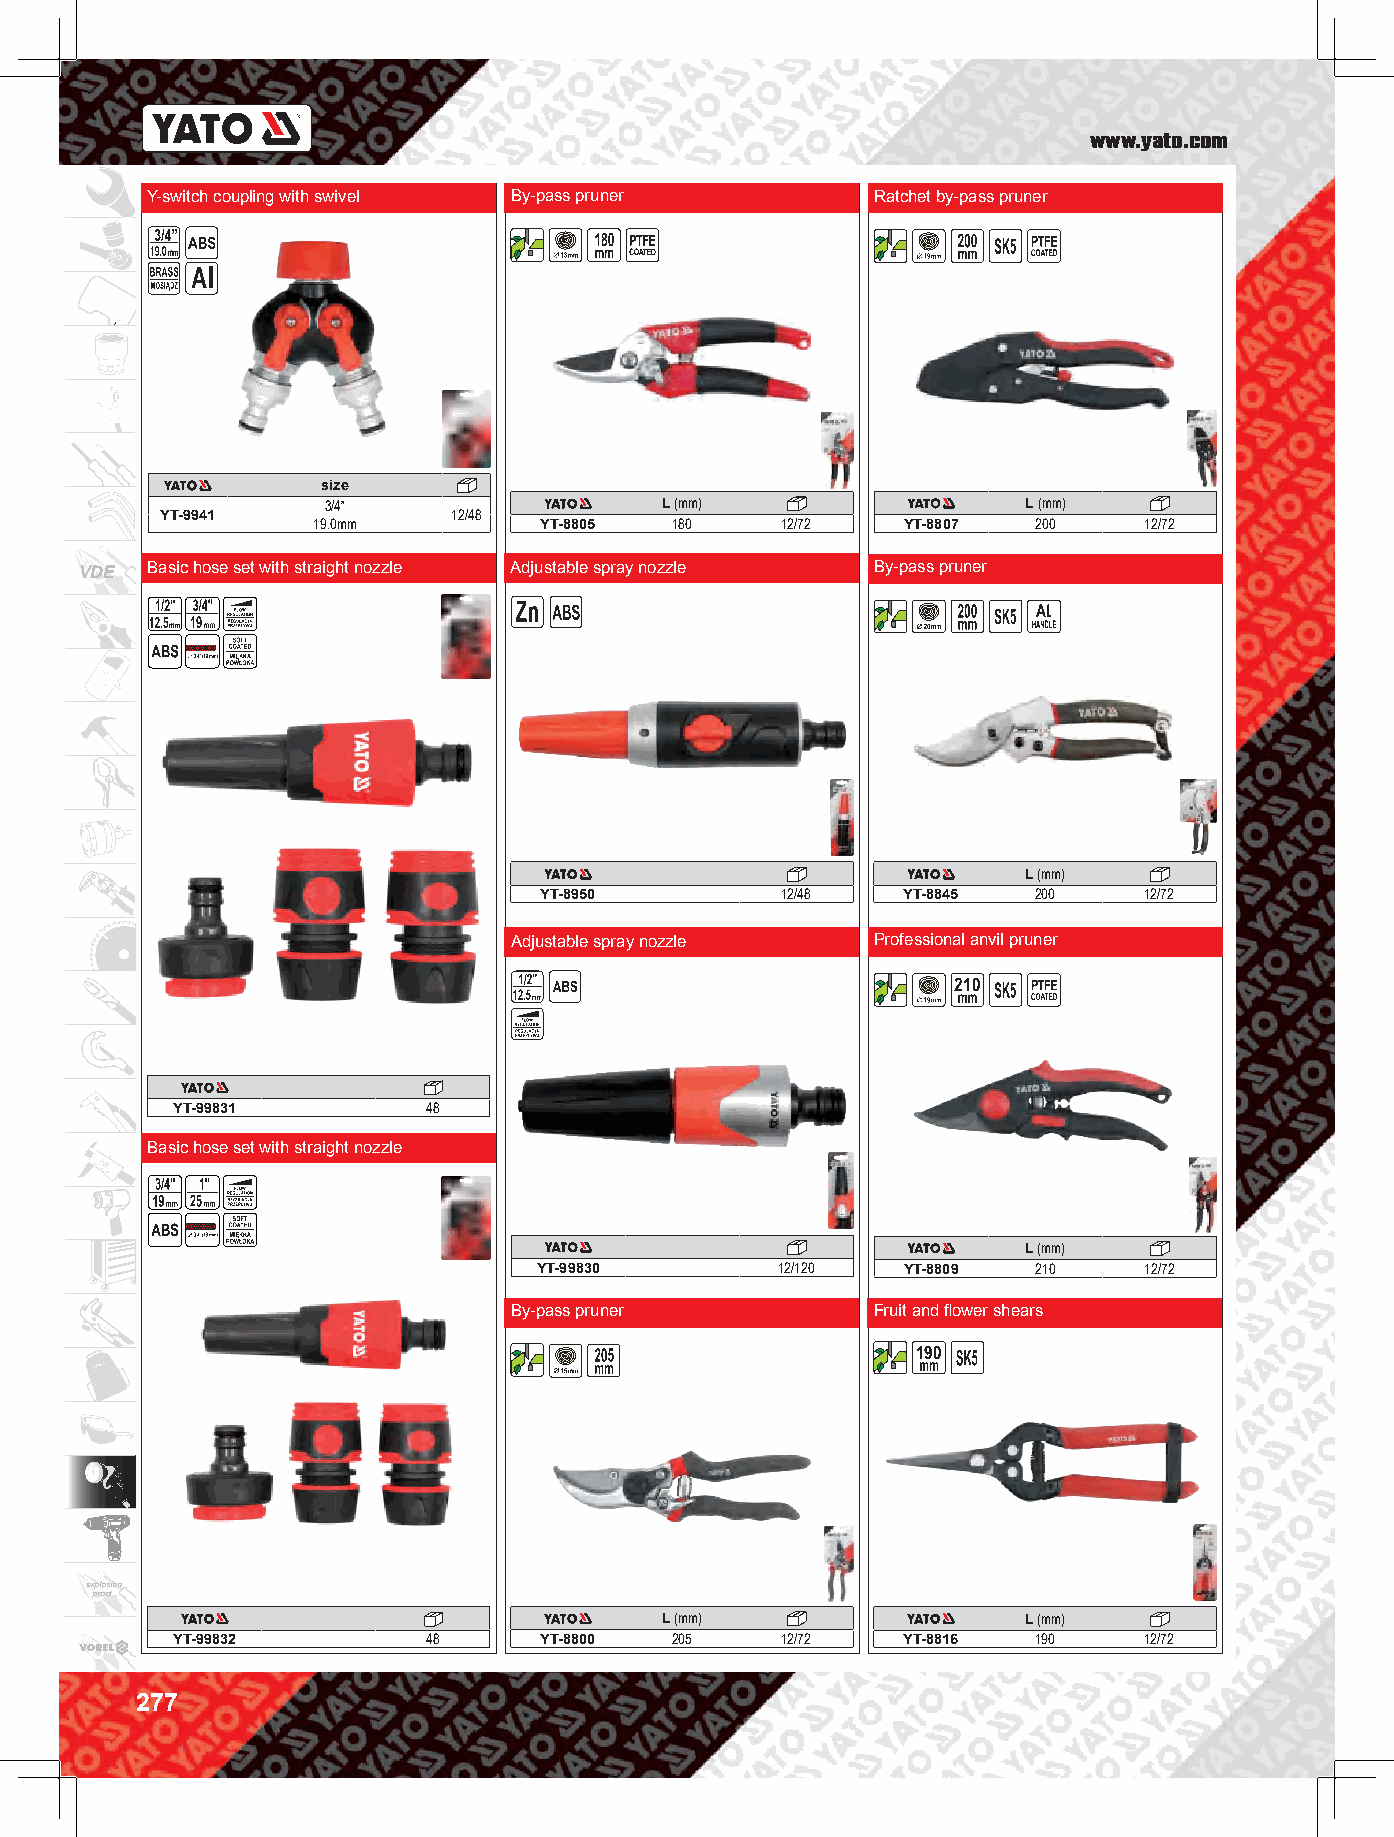
www.yato.com
 Y-switch coupling with swivel By-pass pruner    Ratchet by-pass pruner
 size
 3/4”                   L (mm)                  L (mm)
 YT-9941            12/48
 19.0mm         YT-8805 180     12/72   YT-8807  200    12/72
 VDE  Basic hose set with straight nozzle Adjustable spray nozzle By-pass pruner
 L (mm)
 YT-8950         12/48   YT-8845  200    12/72
 Adjustable spray nozzle Professional anvil pruner
 210
 YT-99831         48
 Basic hose set with straight nozzle
 L (mm)
 YT-99830        12/120  YT-8809  210    12/72
 By-pass pruner          Fruit and flower shears
 190
 explosion
 proof
 L (mm)                  L (mm)
 YT-99832         48      YT-8800 205     12/72   YT-8816  190    12/72
 277